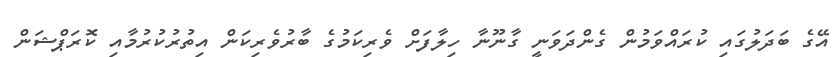
އޭގެ ބަދަލުގައި ކުރައްވަމުން ގެންދަވަނީ ގާނޫނާ ހިލާފަށް ވެރިކަމުގެ ބާރުވެރިކަން އިތުރުކުރުމާއި ކޮރަޕްޝަން